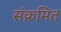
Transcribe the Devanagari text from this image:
संक्रमित